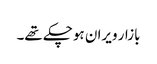
بازار ویران ہوچکے تھے۔